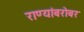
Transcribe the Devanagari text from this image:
राण्यांबरोबर